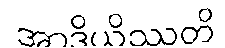
အာဒိယိဿတိ